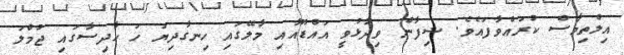
އިލްތިމާސް ކުރައްވާފައެވެ. ޝިފާން ވިދާޅުވީ އައްޑޫއާއި މާލޭގައި ހިނގާދިޔަ ހަ ހާދިސާގައި ޖުމްލަ